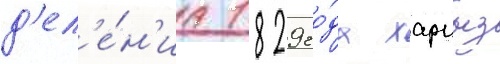
д'ел'е́н'иа 1829 го́да харцыз